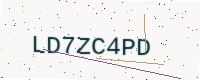
Text: LD7ZC4PD